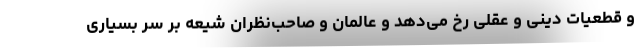
و قطعیات دینی و عقلی رخ می‌دهد و عالمان و صاحب‌نظران شیعه بر سر بسیاری